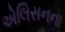
એલિસનના